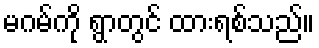
မဂမ်ကို ရွာတွင် ထားရစ်သည်။